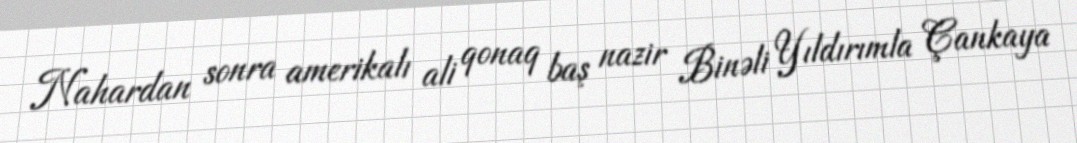
Nahardan sonra amerikalı ali qonaq baş nazir Binəli Yıldırımla Çankaya